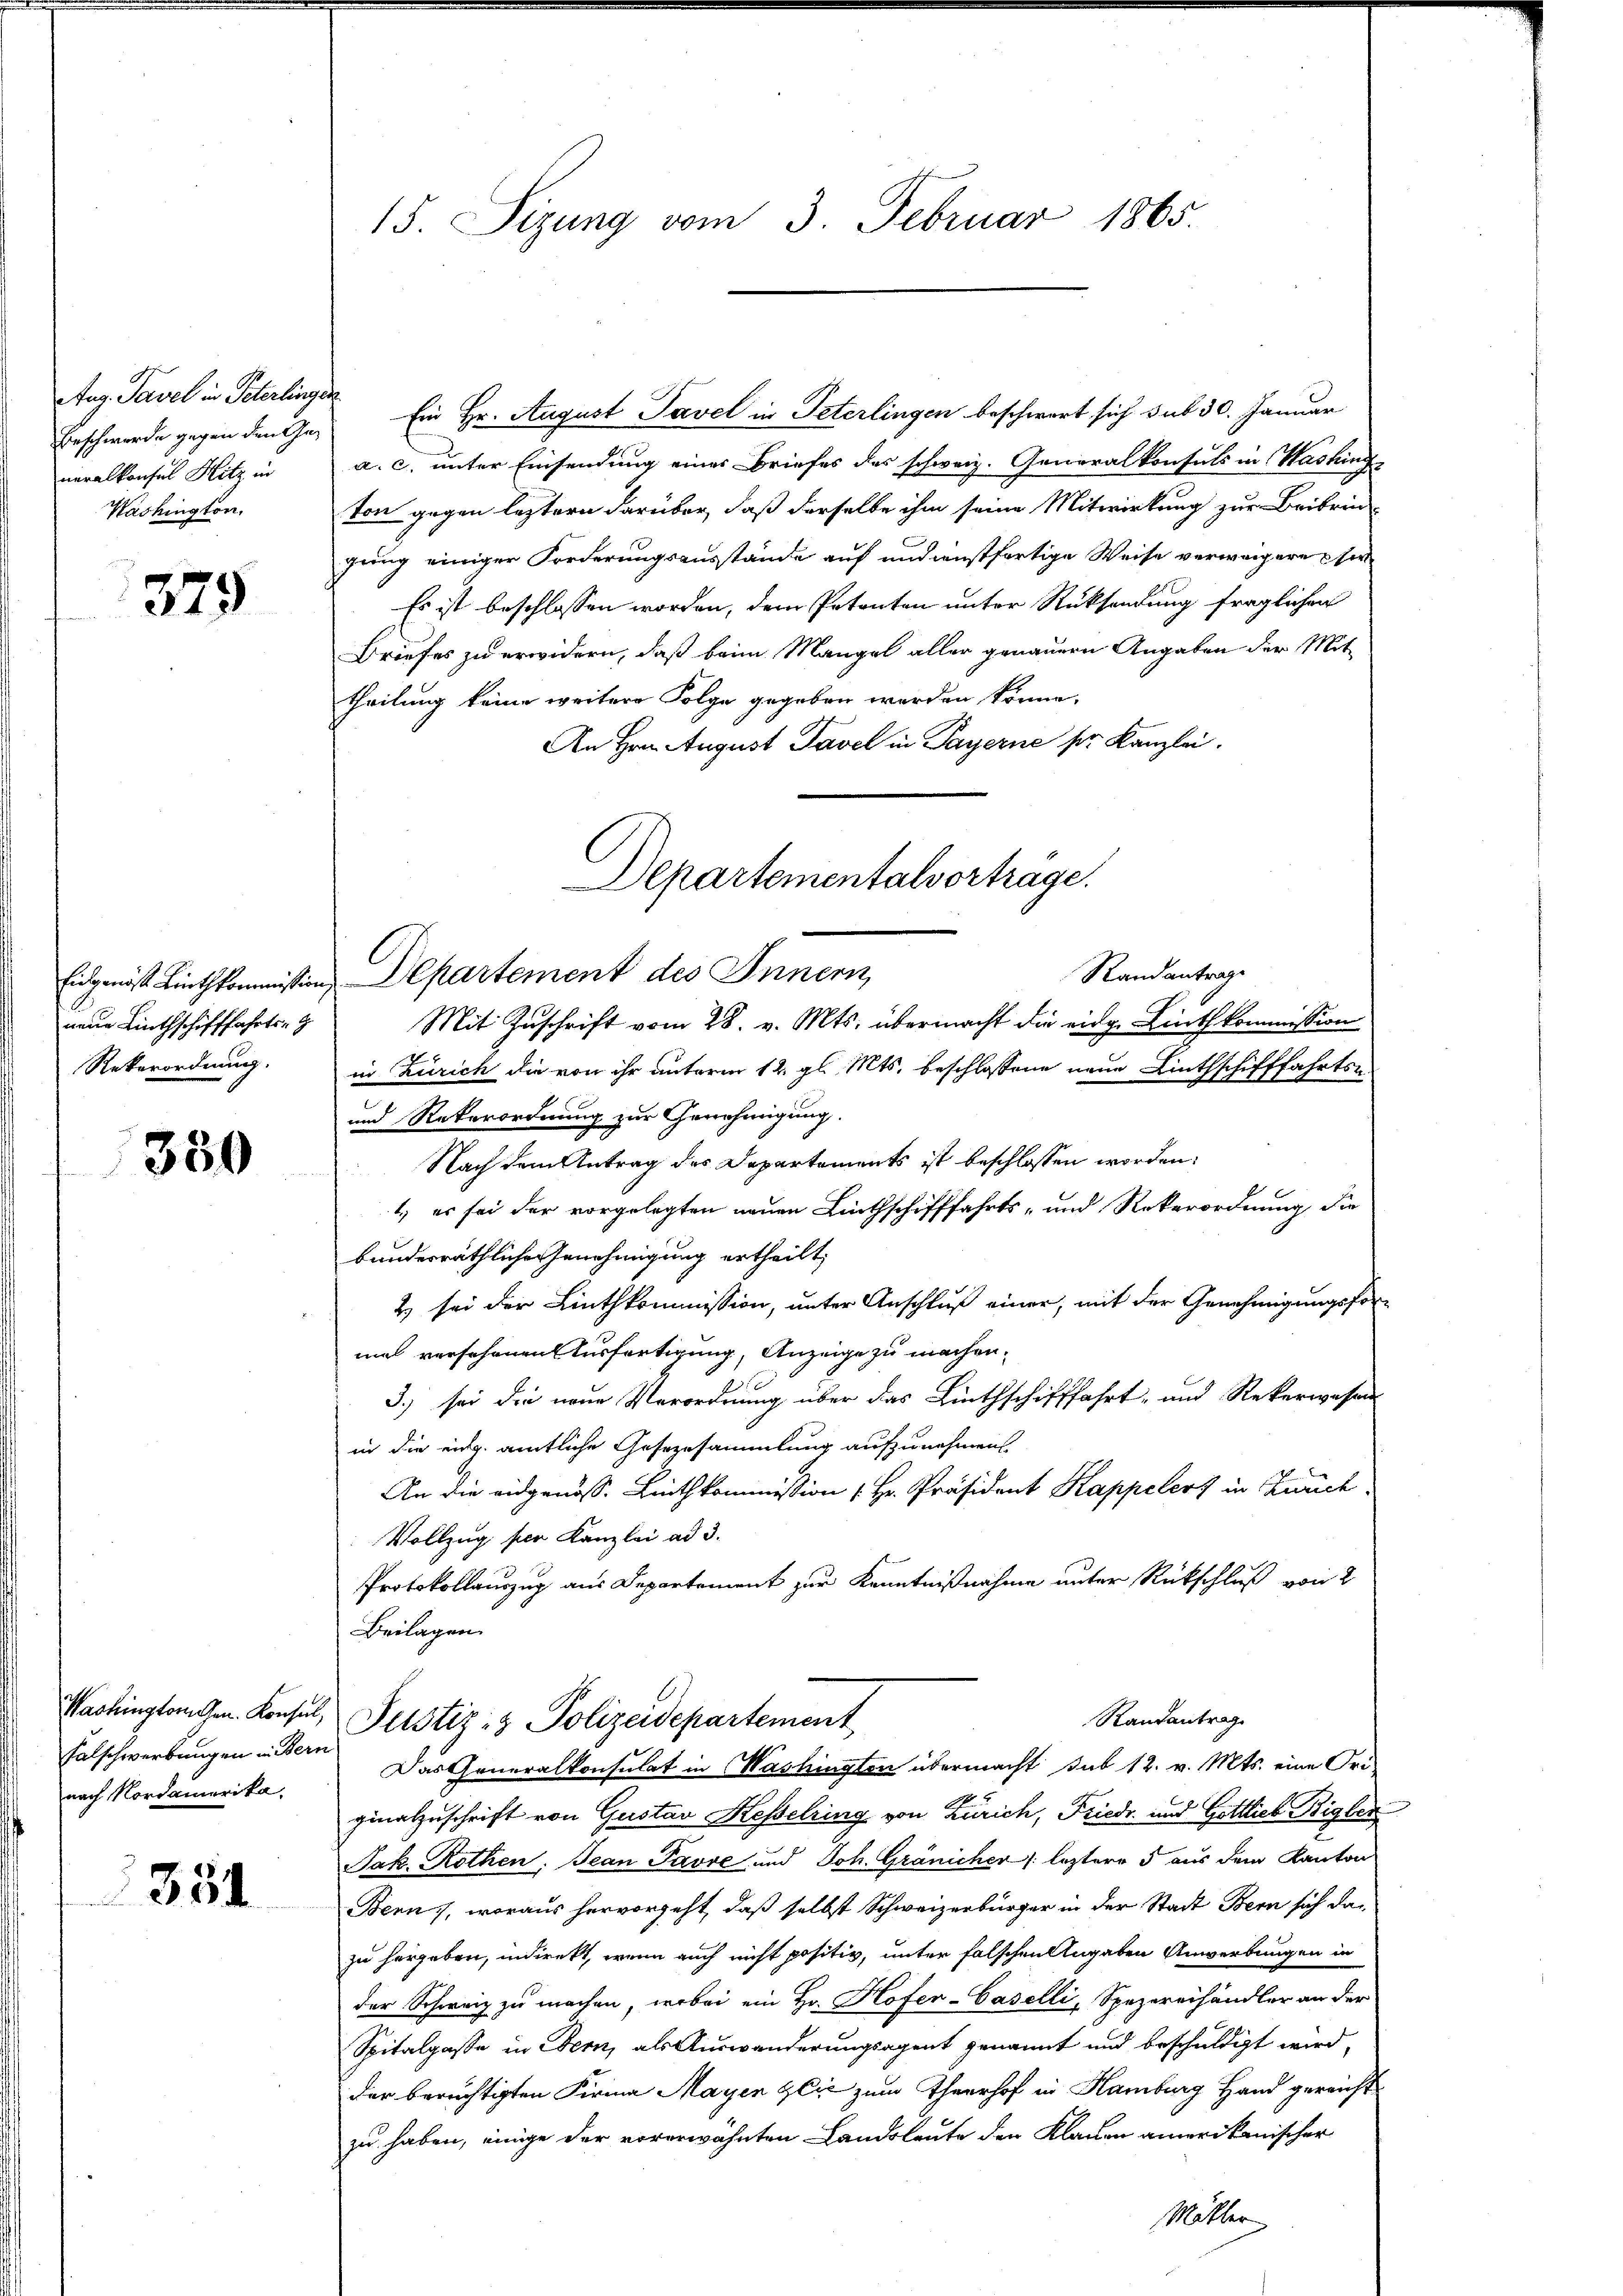
Aug. Pavel in Peterlingen
neralkonsul Hitz in
Washington.

379

Eidgenöß Linthkommission
neue Linthschifffahrts-
Rekerordnung.

350

Falschwerbungen in Bern
nach Nordamerika.

351

Beschwerde gegen den Ge¬ Ein Hr. August Savel in Peterlingen beschwert sich sub 30. Januar
a. c. unter Einsendung einer Briefes des schweiz. Generalkonsuls in Washing
ton gegen leztern darüber, daß derselbe ihm seine Mitwirkung zur Beibrin-
gung einiger Forderungsausstände auf undienstfertige Weise verweigere ser
Es ist beschlossen worden, dem Petenten unter Rücksendung fraglichen
Briefes zu erwidern, daß beim Mangel aller genauern Angaben der Mit-
theilung keine weitere Folge gegeben werden könne.
An Hrn. August Tavel in Payerne ser Kanzlei.

15. Sizung vom 3. Februar 1865.

Departementalvortrage.
Departement des Innern,

Mit Zuschrift vom 28. v. Mts. übermacht die eidg. Linthkommission
in Zürich die von ihr unterm 12. gl. Mts. beschlossene neue Linthschifffahrts-
und Reterordnung zur Genehmigung.
Nach dem Antrag des Departements ist beschlossen worden:
1) es sei der vorgelegten neuen Linthschifffahrts- und Rokerordnung die
bunderräthliche Genehmigung ertheilt,
2) sei der Linthkommission, unter Anschluß einer, mit der Genehmigungsformal versehenen Ausfertigung, Anzeige zu machen.
3.) sei die neue Verordnung über das Linthschifffahrt- und Rekerwesen
in die eidg. amtliche Gesezesammlung aufzunehmen.
An die eidgenöss. Linthkommission Hr. Präsident Kappelert in Zürich
Vollzug per Kanzlei ad 3.
Protokollauszug aus Departement zur Kenntnißnahme unter Rückschluß von 2
Beilagen.
Washingelangen. Konsul, Justiz- & Polizeidepartement
Randantrag
Das Generalkonsulat in Washington übermacht sub 12. v. Mts. eine Fri
ginalzuschrift von Gustav Hesselring von Zürich, Friedr und Gottlieb Rigler
Jak. Rothen. Jean Pavre und Joh. Gränicher leztere 5 aus dem Kanton
Bern), woraus hervorgeht, daß selbst Schweizerbürger in der Stadt Bern sich dan
zu hergeben, indirekt, wenn auch nicht positiv, unter falschen Angaben Anwerbungen in
der Schweiz zu machen, wobei ein Hr. Hofer-Caselli, Spezereihändler an der
Spitalpasse in Bern, als Auswanderungsagent genannt und beschuldigt wird,
der berüchtigten Firma Mayen Zeit zum Theerhof in Hamburg Hand gereicht
zu haben, einige der vorerwähnten Landsleute den Klauen amerikanischer
Mitter

Randantrage